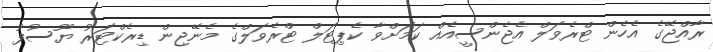
ރާއްޖޭގެ އެހެން ޓްރެވަލް އެޖެންސީއެއް ކަމަށްވާ ކެޕިޓަލް ޓްރެވަލްގެ މެނޭޖިން ޑިރެކްޓަރު ޔޫސުފު